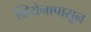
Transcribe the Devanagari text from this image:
व्हियेनापासून